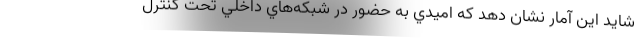
شايد اين آمار نشان دهد كه اميدي به حضور در شبكه‌هاي داخلي تحت كنترل